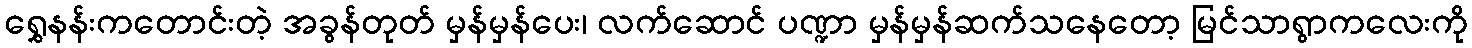
ရွှေနန်းကတောင်းတဲ့ အခွန်တုတ် မှန်မှန်ပေး၊ လက်ဆောင် ပဏ္ဍာ မှန်မှန်ဆက်သနေတော့ မြင်သာရွာကလေးကို